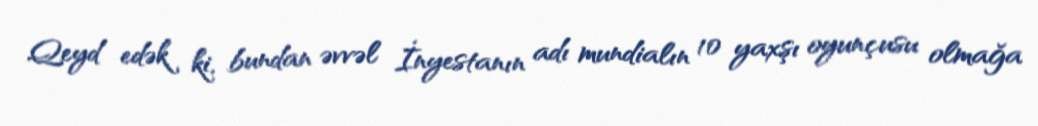
Qeyd edək ki, bundan əvvəl İnyestanın adı mundialın 10 yaxşı oyunçusu olmağa